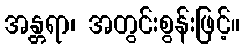
အန္တရာ၊ အတွင်းစွန်းဖြင့်။